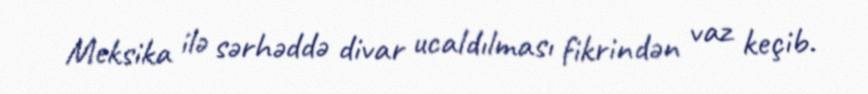
Meksika ilə sərhəddə divar ucaldılması fikrindən vaz keçib.